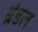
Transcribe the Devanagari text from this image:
ब्रंडल